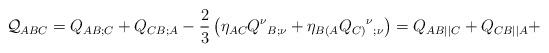
LaTeX: \begin{align*}{\cal Q}_{ABC}=Q_{AB;C}+Q_{CB;A}-\frac23 \left(\eta_{AC}Q^\nu{_{B;\nu}}+\eta_{B(A}Q_{C)}{^\nu}{_{;\nu}}\right)={Q}_{AB||C}+{Q}_{CB||A} +\end{align*}